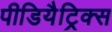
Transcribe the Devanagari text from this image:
पीडियैट्रिक्स